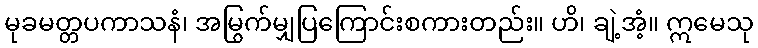
မုခမတ္တပကာသနံ၊ အမြွက်မျှပြကြောင်းစကားတည်း။ ဟိ၊ ချဲ့အံ့။ ဣမေသု